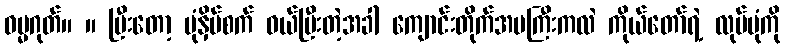
ဓမ္မဂုတ်။ ။ ပြီးတော့ ပုံနှိပ်စက် ဝယ်ပြီးတဲ့အခါ ကျောင်းတိုက်အမကြီးကလဲ ကိုယ်တော်ရဲ့ လုပ်ပုံကို